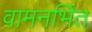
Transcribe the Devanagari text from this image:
वामनभिंत